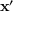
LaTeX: \mathbf { x } ^ { \prime }